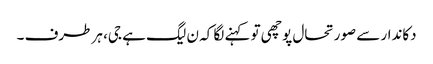
دکاندار سے صورتحال پوچھی تو کہنے لگا کہ ن لیگ ہے جی، ہر طرف ۔